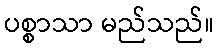
ပစ္စာသာ မည်သည်။